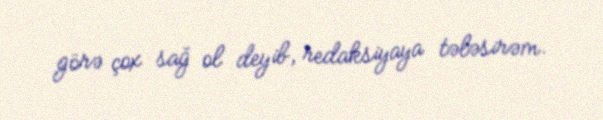
görə çox sağ ol deyib, redaksiyaya tələsirəm.